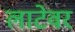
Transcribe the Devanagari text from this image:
लाटेवर